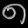
Digit: ၈